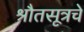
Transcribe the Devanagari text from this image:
श्रौतसूत्रचे